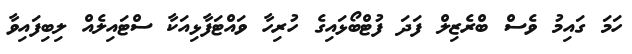
ހަމަ ގައިމު ވެސް ބްރެޒިލް ފަދަ ފުޓްބޯޅައިގެ ހުރިހާ ވައްޓަފާޅިއަކާ ސްޓައިލެއް ލިބިފައިވާ